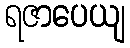
ရဇာပေယျ